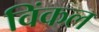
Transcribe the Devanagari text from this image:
विंकल